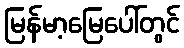
မြန်မာ့မြေပေါ်တွင်